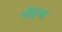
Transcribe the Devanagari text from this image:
गोइन्स